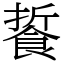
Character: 䭁